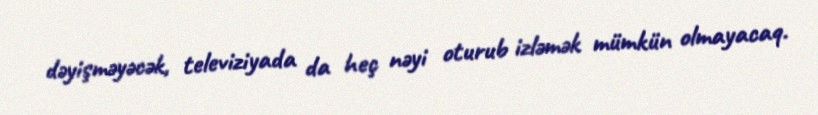
dəyişməyəcək, televiziyada da heç nəyi oturub izləmək mümkün olmayacaq.